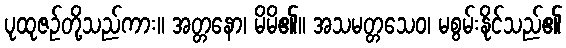
ပုထုဇဉ်တို့သည်ကား။ အတ္တနော၊ မိမိ၏။ အသမတ္တသေဝ၊ မစွမ်းနိုင်သည်၏